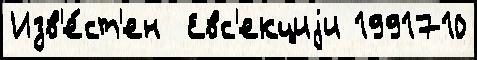
Изв'е́ст'ен  Евс'екциjи 1991710